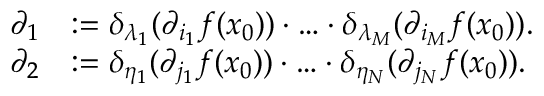
\begin{array} { r l } { \partial _ { 1 } } & { : = \delta _ { \lambda _ { 1 } } ( \partial _ { i _ { 1 } } f ( x _ { 0 } ) ) \cdot \ldots \cdot \delta _ { \lambda _ { M } } ( \partial _ { i _ { M } } f ( x _ { 0 } ) ) . } \\ { \partial _ { 2 } } & { : = \delta _ { \eta _ { 1 } } ( \partial _ { j _ { 1 } } f ( x _ { 0 } ) ) \cdot \ldots \cdot \delta _ { \eta _ { N } } ( \partial _ { j _ { N } } f ( x _ { 0 } ) ) . } \end{array}